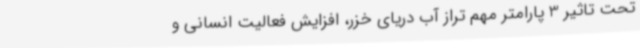
تحت تاثیر 3 پارامتر مهم تراز آب دریای خزر، افزایش فعالیت انسانی و